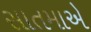
સાતમાએ